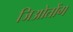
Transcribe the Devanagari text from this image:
जिओतोंग